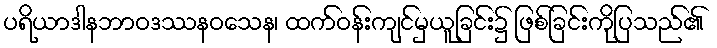
ပရိယာဒါနဘာဝဒဿနဝသေန၊ ထက်ဝန်းကျင်မှယူခြင်း၌ ဖြစ်ခြင်းကိုပြသည်၏